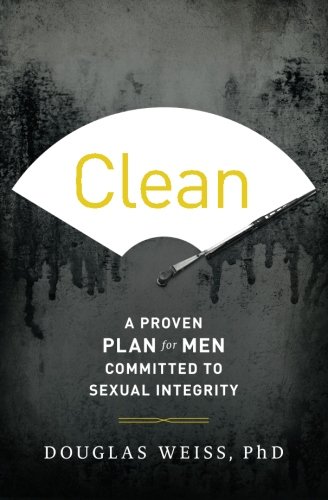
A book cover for Clean: A Proven Plan for Men Committed to Sexual Integrity; Douglas Weiss; Health, Fitness & Dieting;